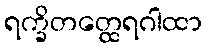
ရက္ခိတတ္ထေရဂါထာ